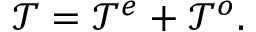
\mathcal { T } = \mathcal { T } ^ { e } + \mathcal { T } ^ { o } .